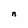
Character: n